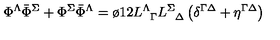
\Phi ^ { \Lambda } { \bar { \Phi } } ^ { \Sigma } + \Phi ^ { \Sigma } { \bar { \Phi } } ^ { \Lambda } = { \o { 1 } { 2 } } L _ { \phantom { \Lambda } \Gamma } ^ { \Lambda } L _ { \phantom { \Sigma } \Delta } ^ { \Sigma } \left( \delta ^ { \Gamma \Delta } + \eta ^ { \Gamma \Delta } \right)